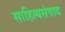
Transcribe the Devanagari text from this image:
साहित्यसंवाद